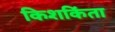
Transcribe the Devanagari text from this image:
किशकिंता